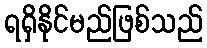
ရရှိနိုင်မည်ဖြစ်သည်